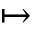
\mapsto